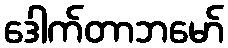
ဒေါက်တာဘမော်